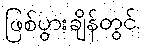
ဖြစ်ပွားချိန်တွင်